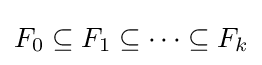
F_{0}\subseteq F_{1}\subseteq \cdots \subseteq F_{k}